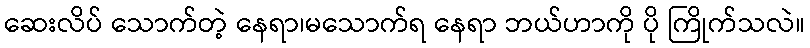
ဆေးလိပ် သောက်တဲ့ နေရာ၊မသောက်ရ နေရာ ဘယ်ဟာကို ပို ကြိုက်သလဲ။